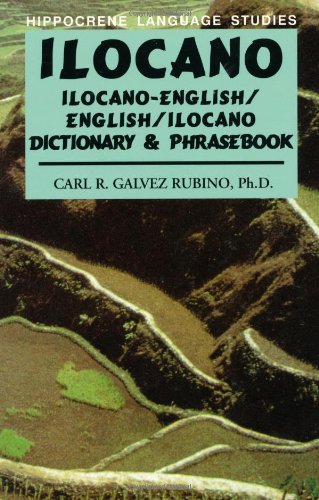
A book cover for English-Ilocano Dictionary & Phrasebook; Carl Rubino; Reference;